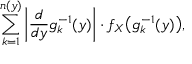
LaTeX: \sum _ { k = 1 } ^ { n ( y ) } \left| { \frac { d } { d y } } g _ { k } ^ { - 1 } ( y ) \right| \cdot f _ { X } { \big ( } g _ { k } ^ { - 1 } ( y ) { \big ) } ,